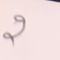
2